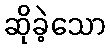
ဆိုခဲ့သော